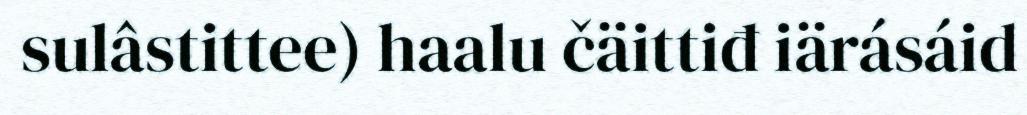
sulâstittee) haalu čäittiđ iärásáid